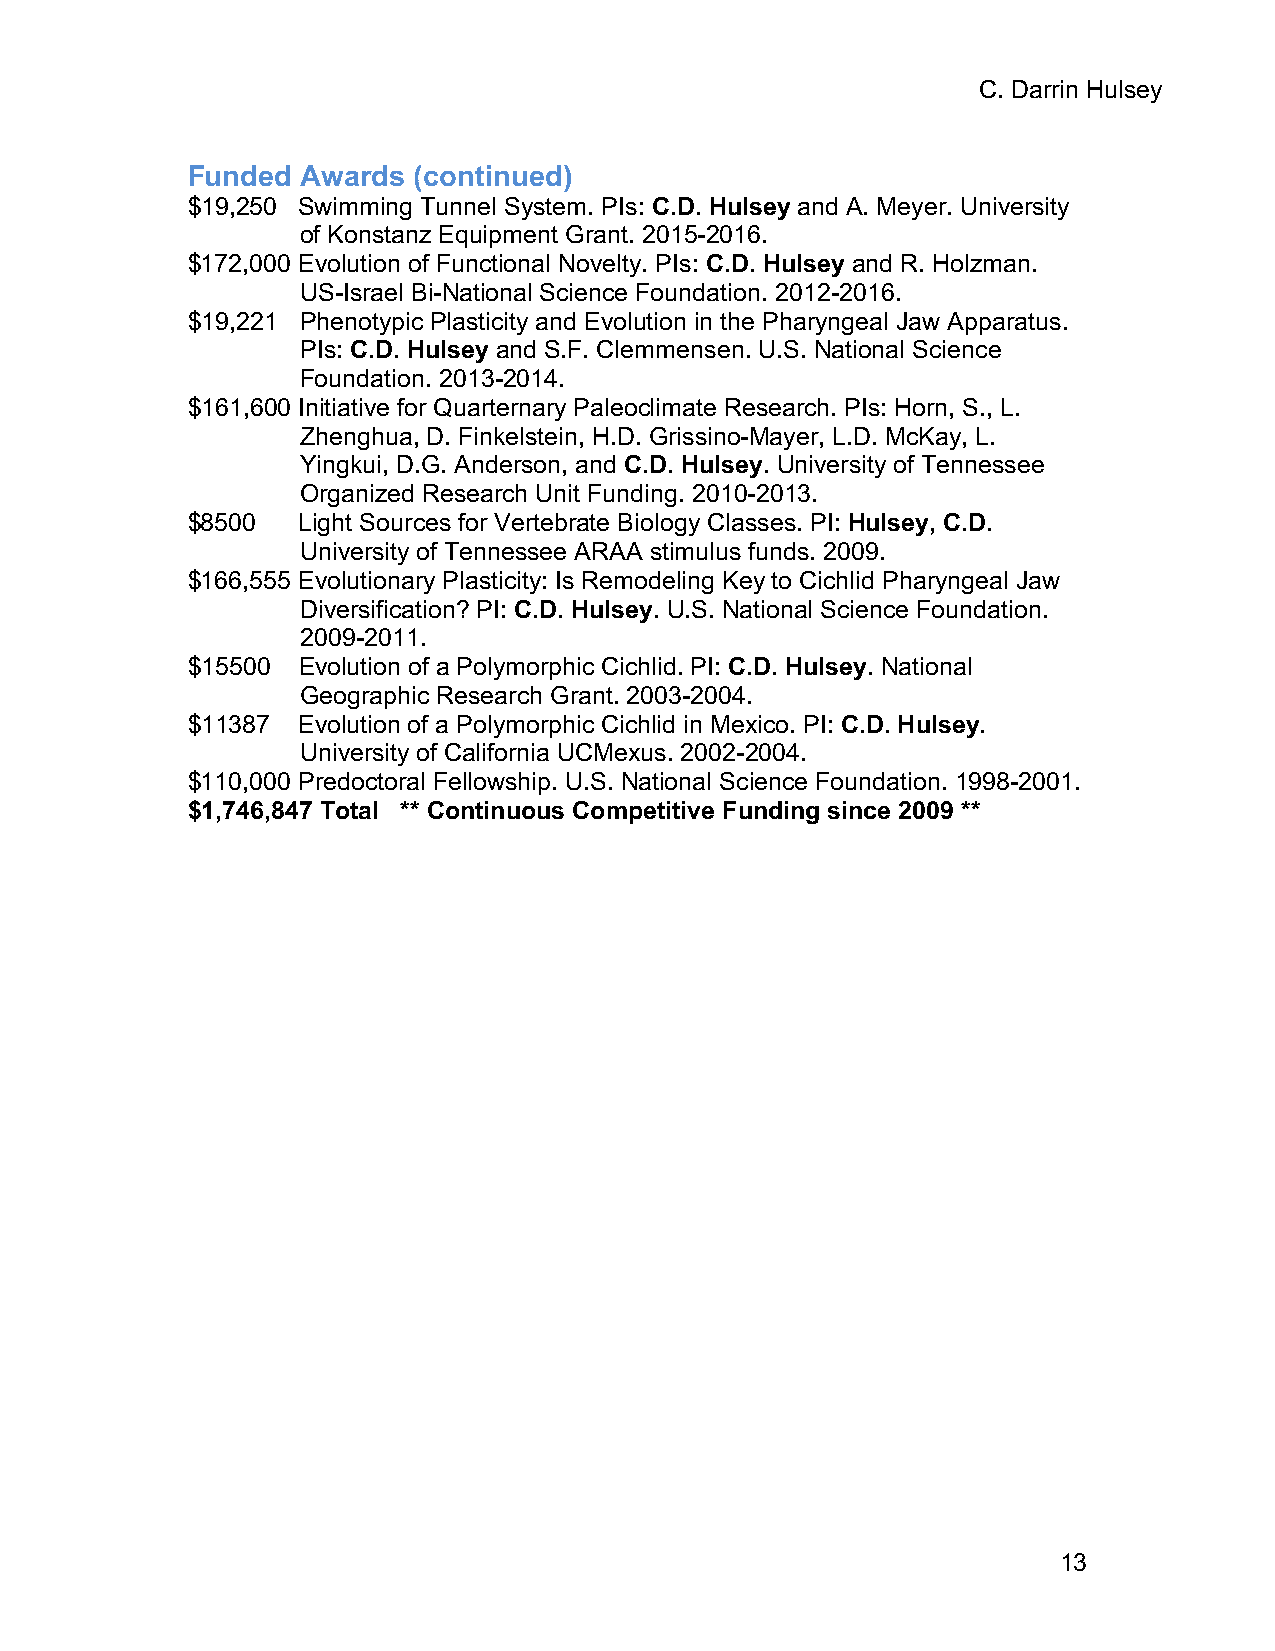
C. Darrin Hulsey
 Funded  Awards (continued)
 $19,250 Swimming Tunnel System. PIs: C.D. Hulsey and A. Meyer. University
 of Konstanz Equipment Grant. 2015-2016.
 $172,000 Evolution of Functional Novelty. PIs: C.D. Hulsey and R. Holzman.
 US-Israel Bi-National Science Foundation. 2012-2016.
 $19,221 Phenotypic Plasticity and Evolution in the Pharyngeal Jaw Apparatus.
 PIs: C.D. Hulsey and S.F. Clemmensen. U.S. National Science
 Foundation. 2013-2014.
 $161,600 Initiative for Quarternary Paleoclimate Research. PIs: Horn, S., L.
 Zhenghua, D. Finkelstein, H.D. Grissino-Mayer, L.D. McKay, L.
 Yingkui, D.G. Anderson, and C.D. Hulsey. University of Tennessee
 Organized Research Unit Funding. 2010-2013.
 $8500   Light Sources for Vertebrate Biology Classes. PI: Hulsey, C.D.
 University of Tennessee ARAA stimulus funds. 2009.
 $166,555 Evolutionary Plasticity: Is Remodeling Key to Cichlid Pharyngeal Jaw
 Diversification? PI: C.D. Hulsey. U.S. National Science Foundation.
 2009-2011.
 $15500  Evolution of a Polymorphic Cichlid. PI: C.D. Hulsey. National
 Geographic Research Grant. 2003-2004.
 $11387  Evolution of a Polymorphic Cichlid in Mexico. PI: C.D. Hulsey.
 University of California UCMexus. 2002-2004.
 $110,000 Predoctoral Fellowship. U.S. National Science Foundation. 1998-2001.
 $1,746,847 Total ** Continuous Competitive Funding since 2009 **
 13